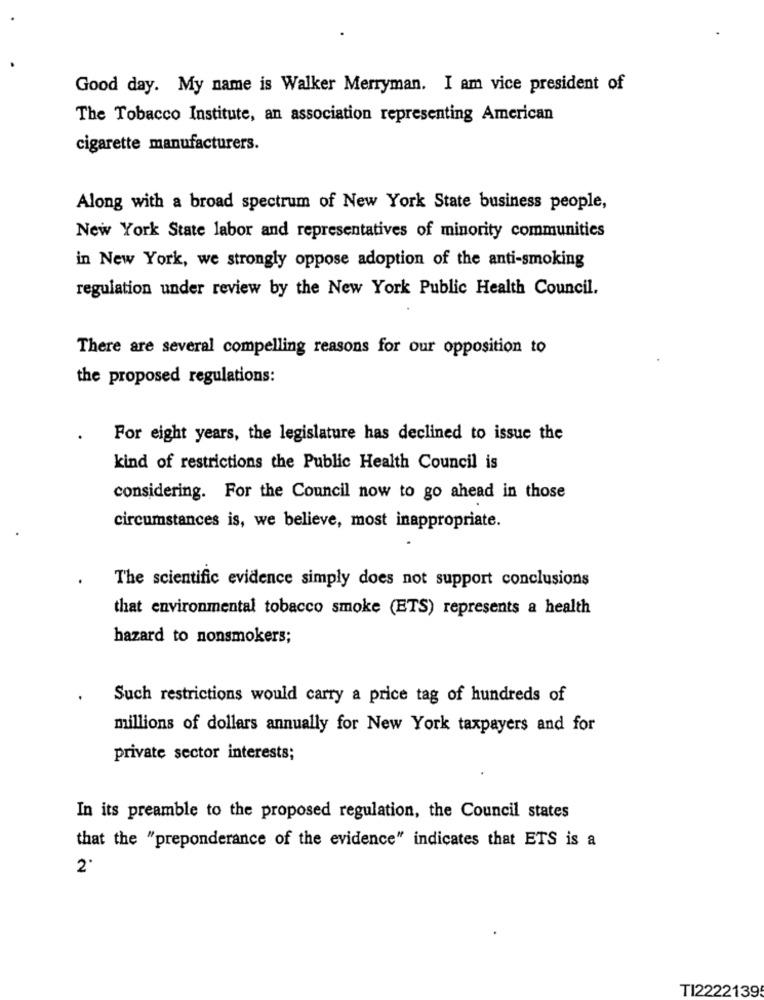
Good day. My name is Walker Merryman. I am vice president of
The Tobacco Institute, an association representing American
cigarette manufacturers.
Along with a broad spectrum of New York State business people,
New York State labor and representatives of minority communities
in New York, we strongly oppose adoption of the anti-smoking
regulation under review by the New York Public Health Council.
There are several compelling reasons for our opposition to
the proposed regulations:
For eight years, the legislature has declined to issue the
kind of restrictions the Public Health Council is
considering. For the Council now to go ahead in those
circumstances is, we believe, most inappropriate.
The scientific evidence simply does not support conclusions
that environmental tobacco smoke (ETS) represents a health
hazard to nonsmokers;
Such restrictions would carry a price tag of hundreds of
millions of dollars annually for New York taxpayers and for
private sector interests;
In its preamble to the proposed regulation, the Council states
that the "preponderance of the evidence" indicates that ETS is a
2
TI2222139